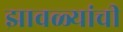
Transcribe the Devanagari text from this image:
झावळ्यांची